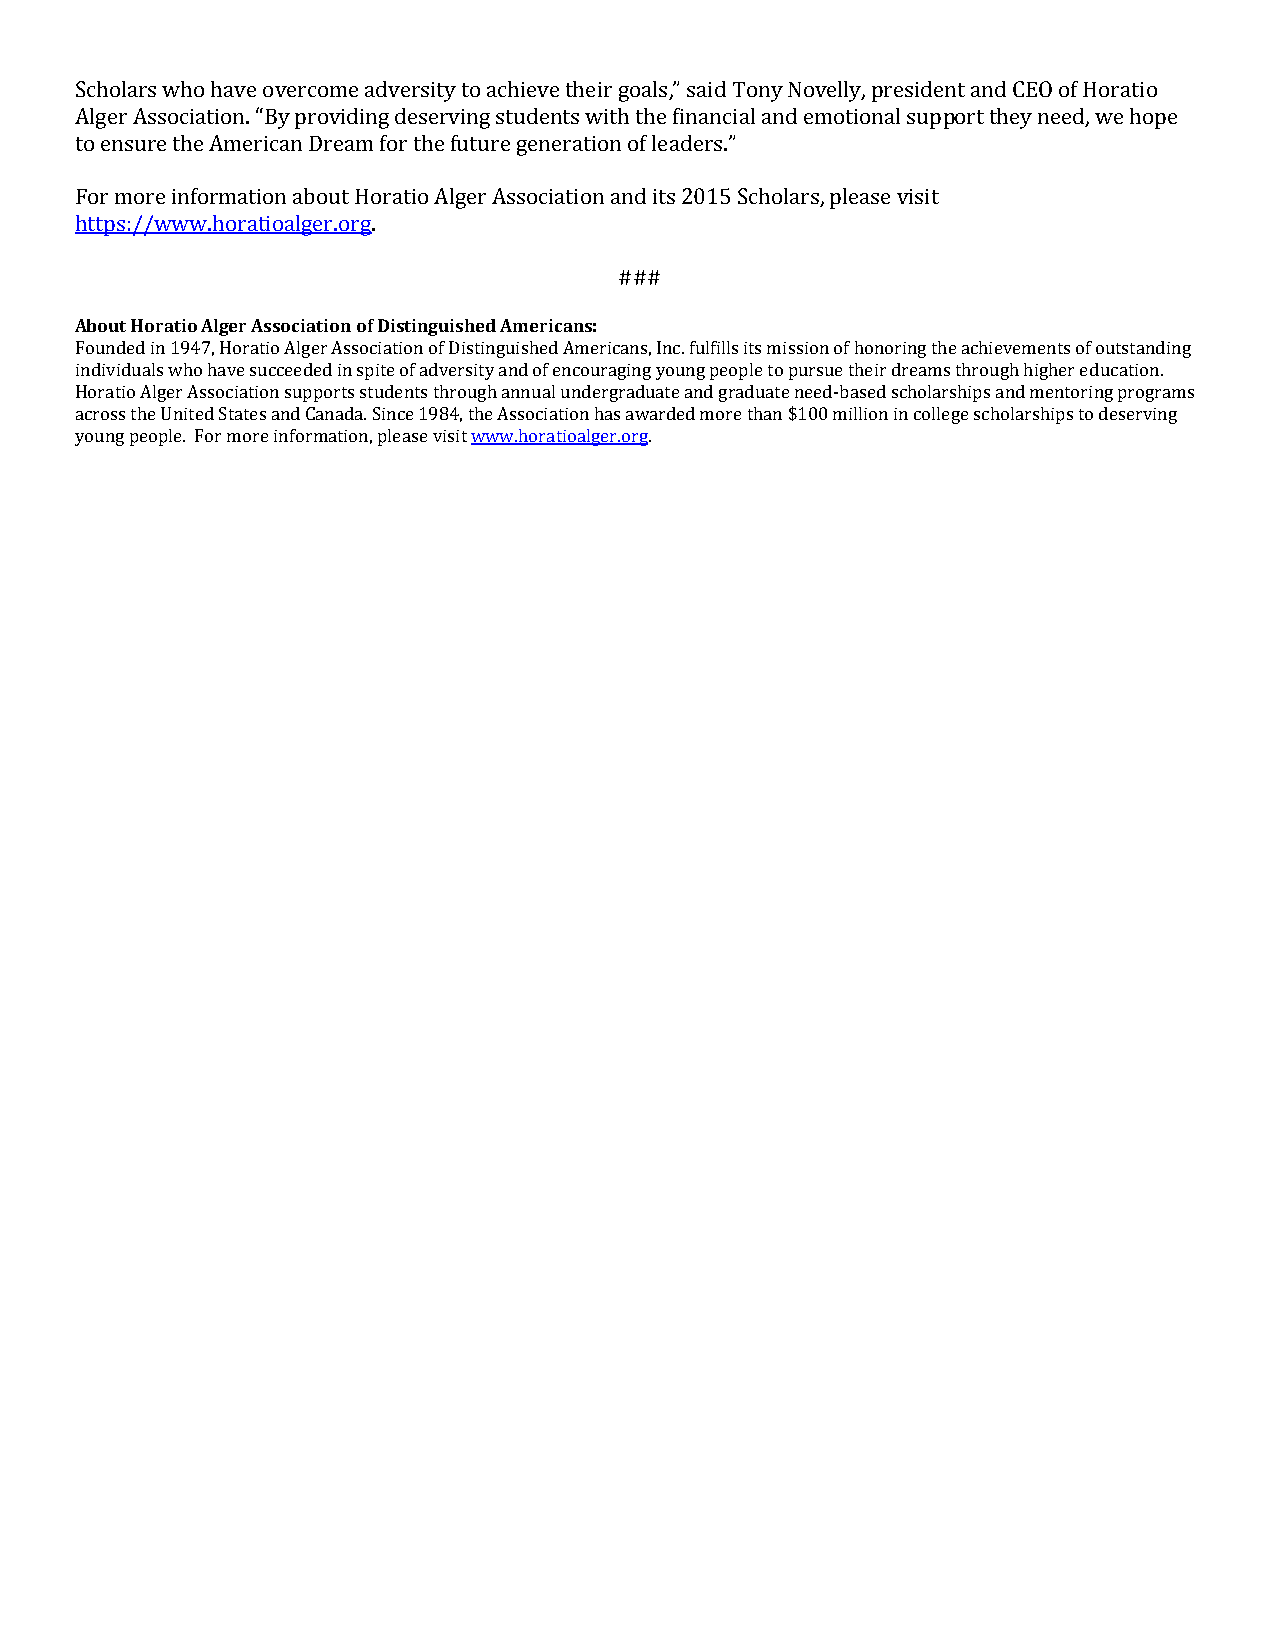
Scholars who have overcome adversity to achieve their goals,” said Tony Novelly, president and CEO of Horatio
 Alger Association. “By providing deserving students with the financial and emotional support they need, we hope
 to ensure the American Dream for the future generation of leaders.”
 For more information about Horatio Alger Association and its 2015 Scholars, please visit
 https://www.horatioalger.org.
 ###
 About Horatio Alger Association of Distinguished Americans:
 Founded in 1947, Horatio Alger Association of Distinguished Americans, Inc. fulfills its mission of honoring the achievements of outstanding
 individuals who have succeeded in spite of adversity and of encouraging young people to pursue their dreams through higher education.
 Horatio Alger Association supports students through annual undergraduate and graduate need-based scholarships and mentoring programs
 across the United States and Canada. Since 1984, the Association has awarded more than $100 million in college scholarships to deserving
 young people. For more information, please visit www.horatioalger.org.